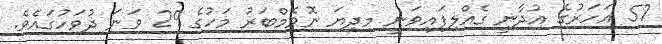
57 އަހަރުގެ އުދާނީ ގެއްލިފައިވަނީ މިދިޔަ ނޮވެމްބަރު މަހުގެ 29 ވަނަ ދުވަހުގައެވެ.